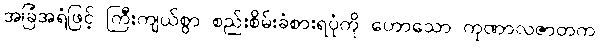
အခြံအရံဖြင့် ကြီးကျယ်စွာ စည်းစိမ်းခံစားရပုံကို ဟောသော ကုဏာလဇာတက၊